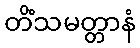
တိံသမတ္တာနံ